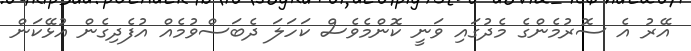
އޭރު އެ ސޮރުމެންގެ މެދުގައި ވަނީ ކޮންމެވެސް ކަހަލަ ދެބަސްވުމެއް އުފެދިގެން އުޅޭކަން